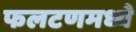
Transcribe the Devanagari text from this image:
फलटणमध्ये